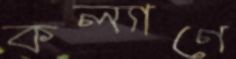
কল্যাণে